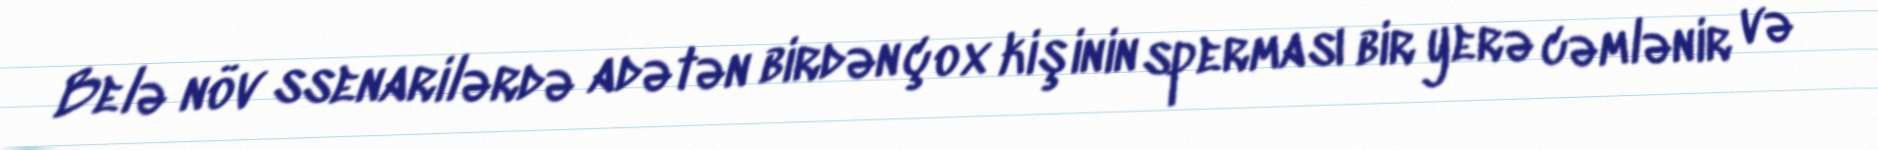
Belə növ ssenarilərdə adətən birdən çox kişinin sperması bir yerə cəmlənir və